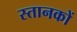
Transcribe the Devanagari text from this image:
स्तानकों